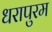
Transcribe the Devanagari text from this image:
धरापुरम